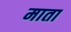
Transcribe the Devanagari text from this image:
माता